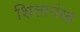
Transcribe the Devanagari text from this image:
शिलापंख